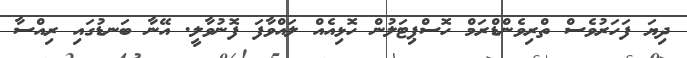
ދިޔަ ފަހަރުވެސް ތްރިވެންޑްރަމް ހޮސްޕިޓަލުން ހޮޅިއެއް ލައްވާފަ ފޮނުވާލީ. އޭނާ ބަނޑުގައި ރިއްސާ